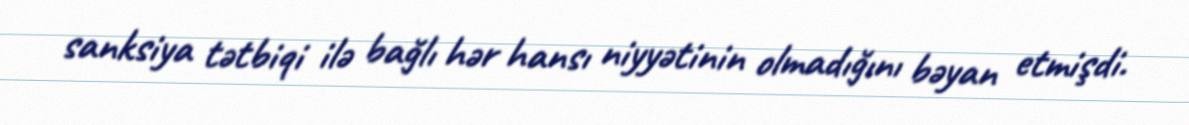
sanksiya tətbiqi ilə bağlı hər hansı niyyətinin olmadığını bəyan etmişdi.